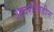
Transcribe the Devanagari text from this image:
आदर्शविहीन